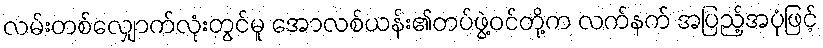
လမ်းတစ်လျှောက်လုံးတွင်မူ အောလစ်ယန်း၏တပ်ဖွဲ့ဝင်တို့က လက်နက် အပြည့်အပုံဖြင့်